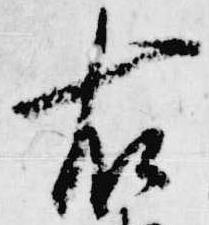
右